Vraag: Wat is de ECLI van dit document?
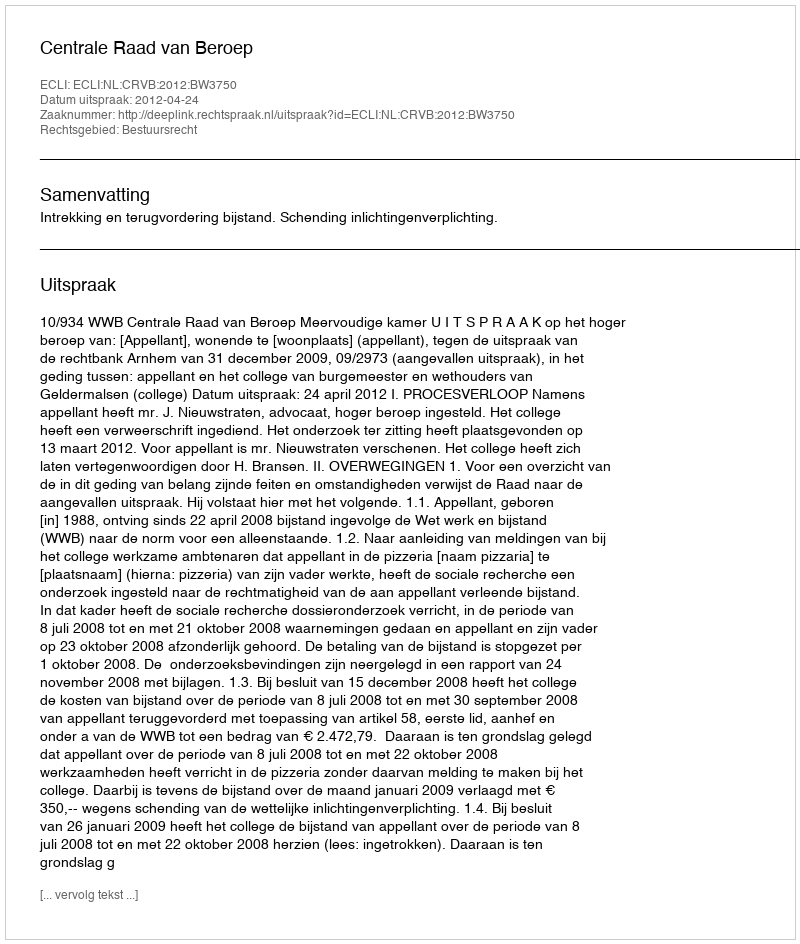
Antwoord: ECLI:NL:CRVB:2012:BW3750